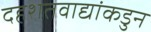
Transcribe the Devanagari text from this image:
दहशतवाद्यांकडुन